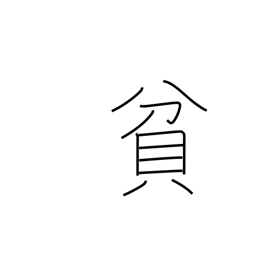
Meaning: poor